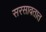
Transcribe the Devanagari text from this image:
सरसावतात